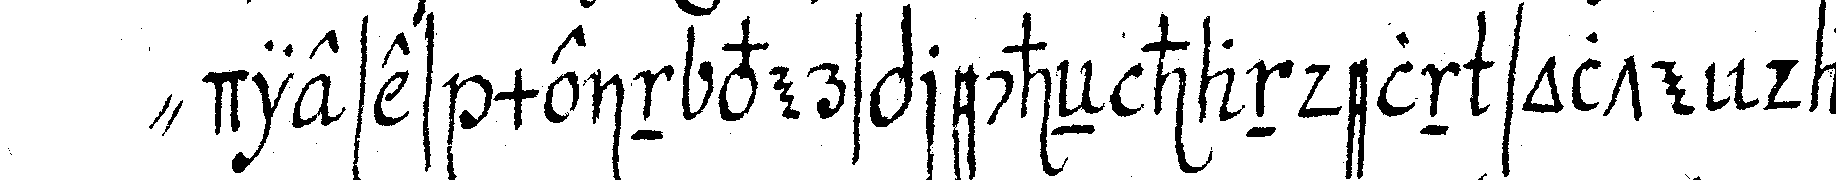
" dieses mein versprecheN handeln solte dass